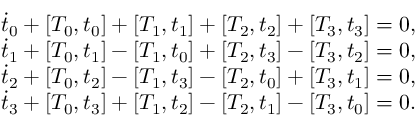
\begin{array} { c } { { \dot { t } _ { 0 } + [ T _ { 0 } , t _ { 0 } ] + [ T _ { 1 } , t _ { 1 } ] + [ T _ { 2 } , t _ { 2 } ] + [ T _ { 3 } , t _ { 3 } ] = 0 , } } \\ { { \dot { t } _ { 1 } + [ T _ { 0 } , t _ { 1 } ] - [ T _ { 1 } , t _ { 0 } ] + [ T _ { 2 } , t _ { 3 } ] - [ T _ { 3 } , t _ { 2 } ] = 0 , } } \\ { { \dot { t } _ { 2 } + [ T _ { 0 } , t _ { 2 } ] - [ T _ { 1 } , t _ { 3 } ] - [ T _ { 2 } , t _ { 0 } ] + [ T _ { 3 } , t _ { 1 } ] = 0 , } } \\ { { \dot { t } _ { 3 } + [ T _ { 0 } , t _ { 3 } ] + [ T _ { 1 } , t _ { 2 } ] - [ T _ { 2 } , t _ { 1 } ] - [ T _ { 3 } , t _ { 0 } ] = 0 . } } \end{array}